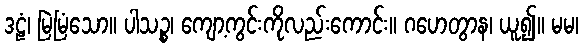
ဒဠံ၊ မြဲမြံသော။ ပါသဉ္စ၊ ကျော့ကွင်းကိုလည်းကောင်း။ ဂဟေတွာန၊ ယူ၍။ မမ၊